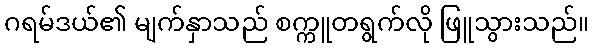
ဂရမ်ဒယ်၏ မျက်နှာသည် စက္ကူတရွက်လို ဖြူသွားသည်။